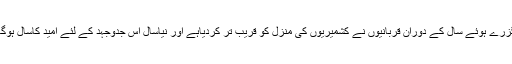
گزرے ہوئے سال کے دوران قربانیوں نے کشمیریوں کی منزل کو قریب تر کردیاہے اور نیاسال اس جدوجہد کے لئے امید کاسال ہوگا۔